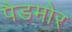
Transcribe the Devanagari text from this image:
पैडमोर